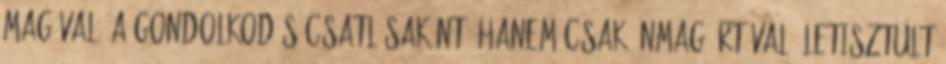
magával, a gondolkodás csatlósaként, hanem csak önmagáért való letisztult